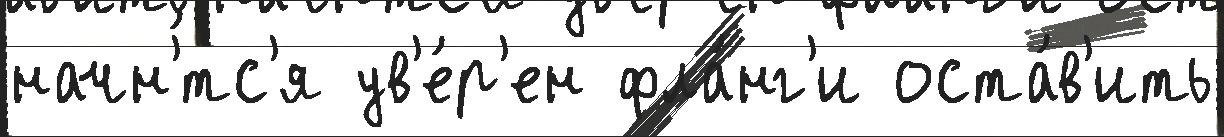
начн'́тс'я ув'е́р'ен фла́нг'и оста́в'ить